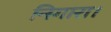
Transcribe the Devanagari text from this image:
निगारा।